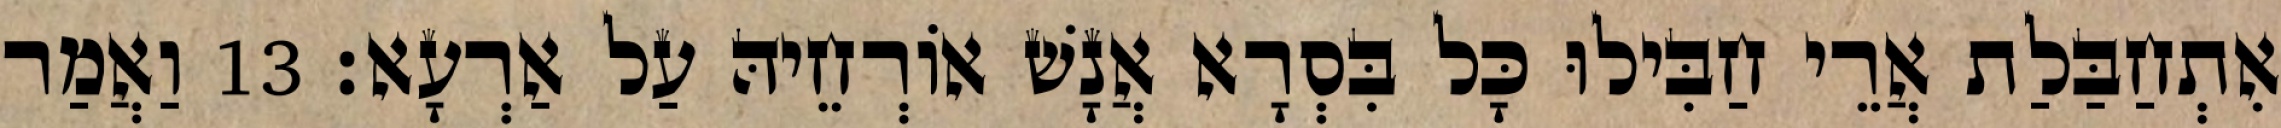
אִתְחַבַּלַת אֲרֵי חַבִּילוּ כָּל בִּסְרָא אֲנָשׁ אוֹרְחֵיהּ עַל אַרְעָא׃ 13 וַאֲמַר